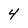
Character: 4